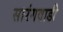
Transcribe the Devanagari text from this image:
सारंगवाडी